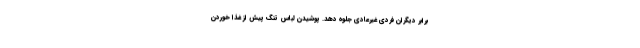
برابر دیگران فردی غیرعادی جلوه دهد. پوشیدن لباس تنگ پیش از غذا خوردن